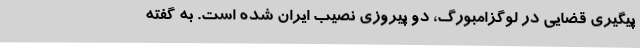
پیگیری قضایی در لوگزامبورگ، دو پیروزی نصیب ایران شده است. به گفته